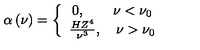
\alpha \left( \nu \right) = \left\{ { { \begin{array} { c } { { 0 , \quad \quad \nu < \nu _ { 0 } } \hfill } \\ { { \frac { H Z ^ { 4 } } { \nu ^ { 3 } } , \quad \nu > \nu _ { 0 } } \hfill } \\ \end{array} } } \right.